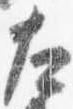
左